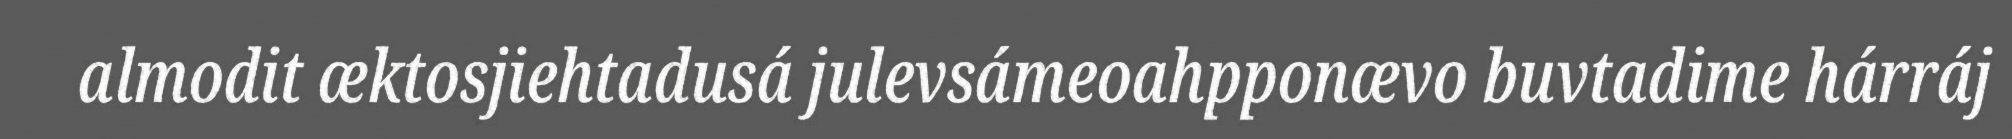
almodit æktosjiehtadusá julevsámeoahpponævo buvtadime hárráj